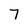
Character: 7